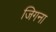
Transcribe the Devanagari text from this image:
जिगना